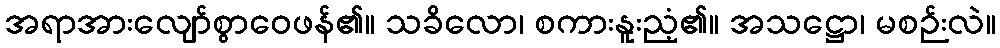
အရာအားလျော်စွာဝေဖန်၏။ သခိလော၊ စကားနူးညံ့၏။ အသဋ္ဌော၊ မစဉ်းလဲ။